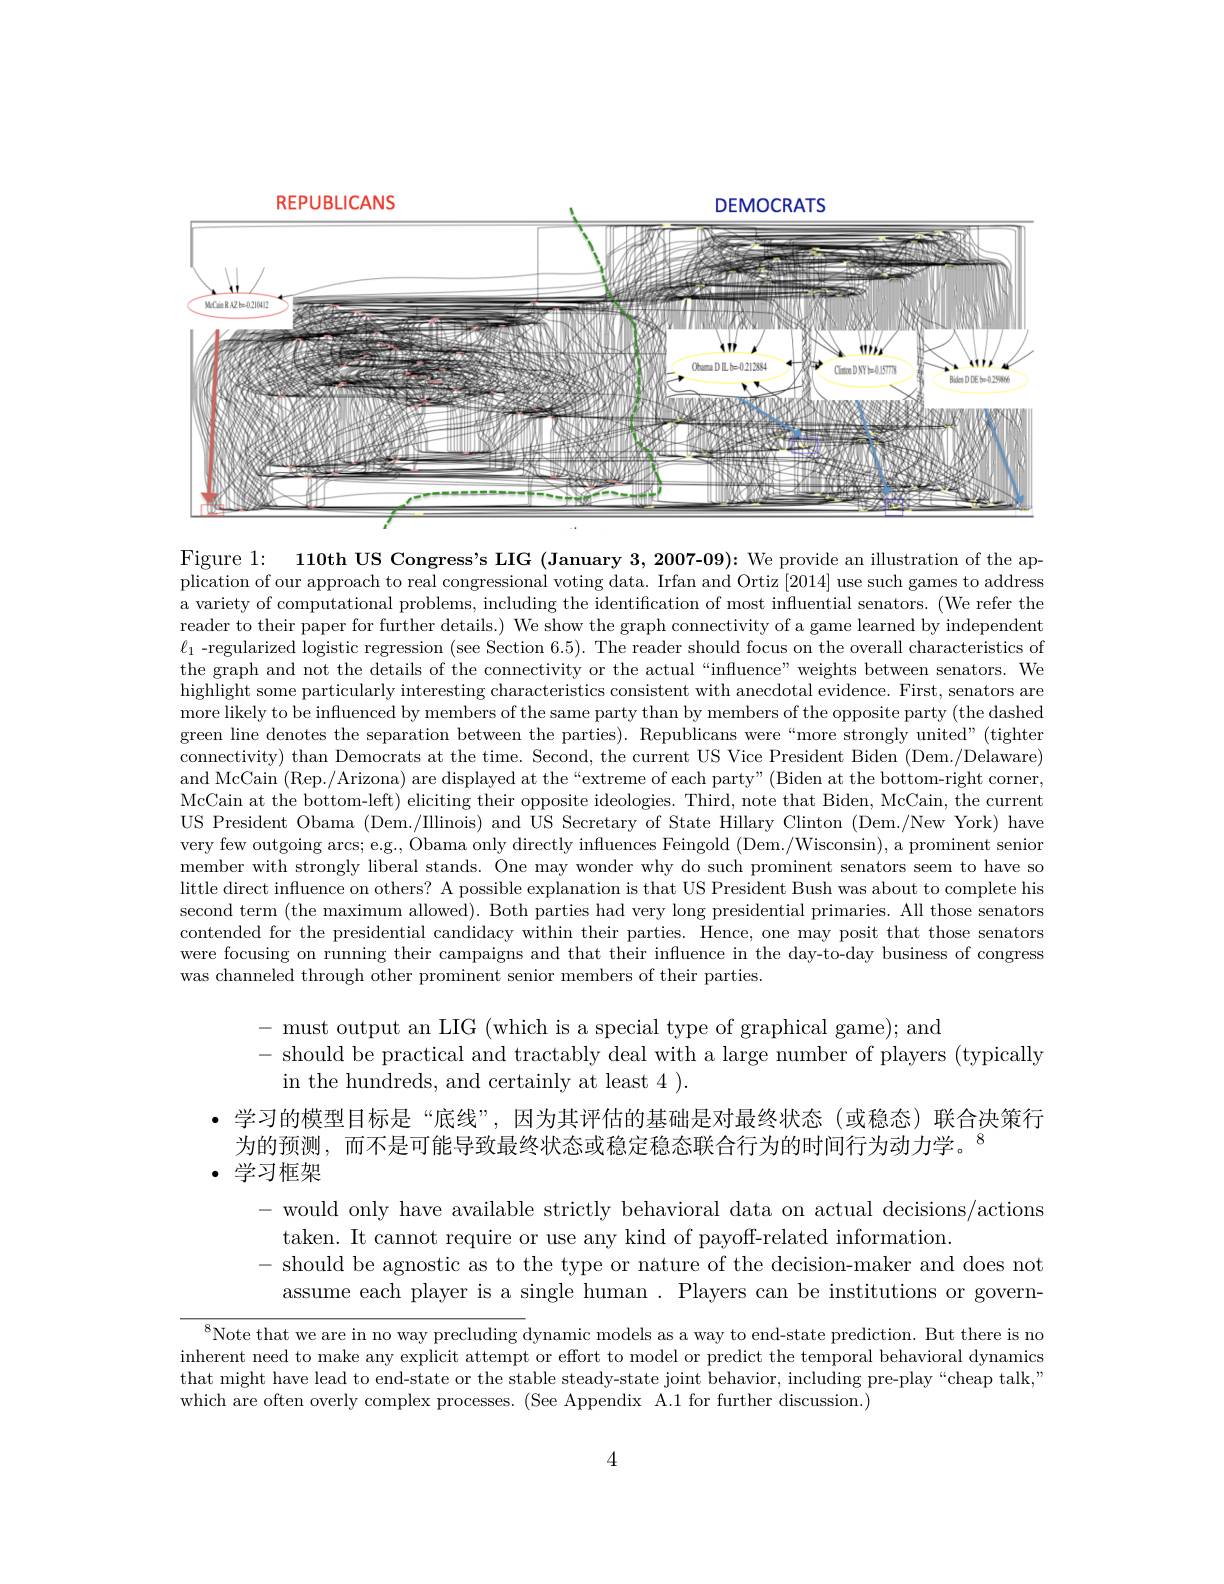
REPUBLICANS
<FigureHere>

DFMOCRATS

Figure 1:
110th US Congress's LIG (January 3,2007-09): We provide an illustration of the ap-
plication of our approach to real congressional voting data. Irfan and Ortiz [2014] use such games to address a variety of computational problems, including the identification of most influential senators. (We refer the reader to their paper for further details.) We show the graph connectivity of a game learned by independent $\ell_1$ -regularized logistic regression (see Section 6.5). The reader should focus on the overall characteristics of the graph and not the details of the connectivity or the actual “influence”weights between senators. We highlight some particularly interesting characteristics consistent with anecdotal evidence. First, senators are more likely to be influenced by members of the same party than by members of the opposite party (the dashed green line denotes the separation between the parties). Republicans were“more strongly united”(tightere). connectivity) than Democrats at the time. Second, the current US Vice President Biden (Dem./Delaware) and McCain (Rep./Arizona) are displayed at the“extreme of each party" (Biden at the bottom-right corner, McCain at the bottom-left) eliciting their opposite ideologies. Third, note that Biden, McCain, the current US President Obama (Dem./IIlinois) and US Secretary of State Hillary Clinton (Dem./New York) have very few outgoing arcs; e.g., Obama only directly influences Feingold (Dem./Wisconsin), a prominent senior member with strongly liberal stands. One may wonder why do such prominent senators seem to have so little direct influence on others? A possible explanation is that US President Bush was about to complete his second term (the maximum allowed). Both parties had very long presidential primaries. All those senators contended for the presidential candidacy within their parties. Hence, one may posit that those senators were focusing on running their campaigns and that their influence in the day-to-day business of congress was channeled through other prominent senior members of their parties.

- must output an LIG (which is a special type of graphical game); and
- should be practical and tractably deal with a large number of players (typically)
in the hundreds, and certainly at least 4 ).

·学习的模型目标是“底线”,因为其评估的基础是对最终状态(或稳态)联合决策行
为的预测，而不是可能导致最终状态或稳定稳态联合行为的时间行为动力学。$^{8}$
·学习框架

- would only have available strictly behavioral data on actual decisions/actions
taken. It cannot require or use any kind of payoff-related information.
- should be agnostic as to the type or nature of the decision-maker and does not
assume each player is a single human. Players can be institutions or govern-

$^{8}$Note that we are in no way precluding dynamic models as a way to end-state prediction. But there is no inherent need to make any explicit attempt or effort to model or predict the temporal behavioral dynamics that might have lead to end-state or the stable steady-state joint behavior, including pre-play “cheap talk," which are often overly complex processes. (See Appendix A.1 for further discussion.)

4